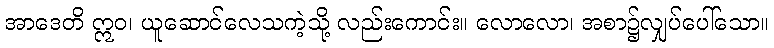
အာဒေတိ ဣဝ၊ ယူဆောင်လေသကဲ့သို့ လည်းကောင်း။ လောလော၊ အစာ၌လျှပ်ပေါ်သော။